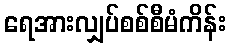
ရေအားလျှပ်စစ်စီမံကိန်း